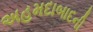
અહમદાબાદની